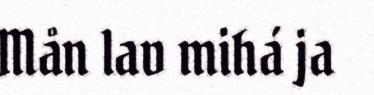
Mån lav mihá ja